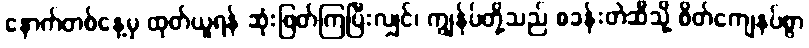
နောက်တစ်နေ့မှ ထုတ်ယူရန် ဆုံးဖြတ်ကြပြီးလျှင်၊ ကျွန်ုပ်တို့သည် စခန်းတဲဆီသို့ စိတ်ကျေနပ်စွာ